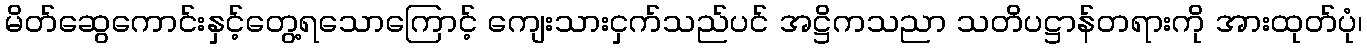
မိတ်ဆွေကောင်းနှင့်တွေ့ရသောကြောင့် ကျေးသားငှက်သည်ပင် အဋ္ဌိကသညာ သတိပဋ္ဌာန်တရားကို အားထုတ်ပုံ၊